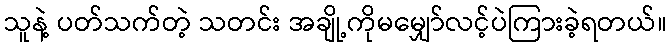
သူနဲ့ ပတ်သက်တဲ့ သတင်း အချို့ကိုမမျှော်လင့်ပဲကြားခဲ့ရတယ်။